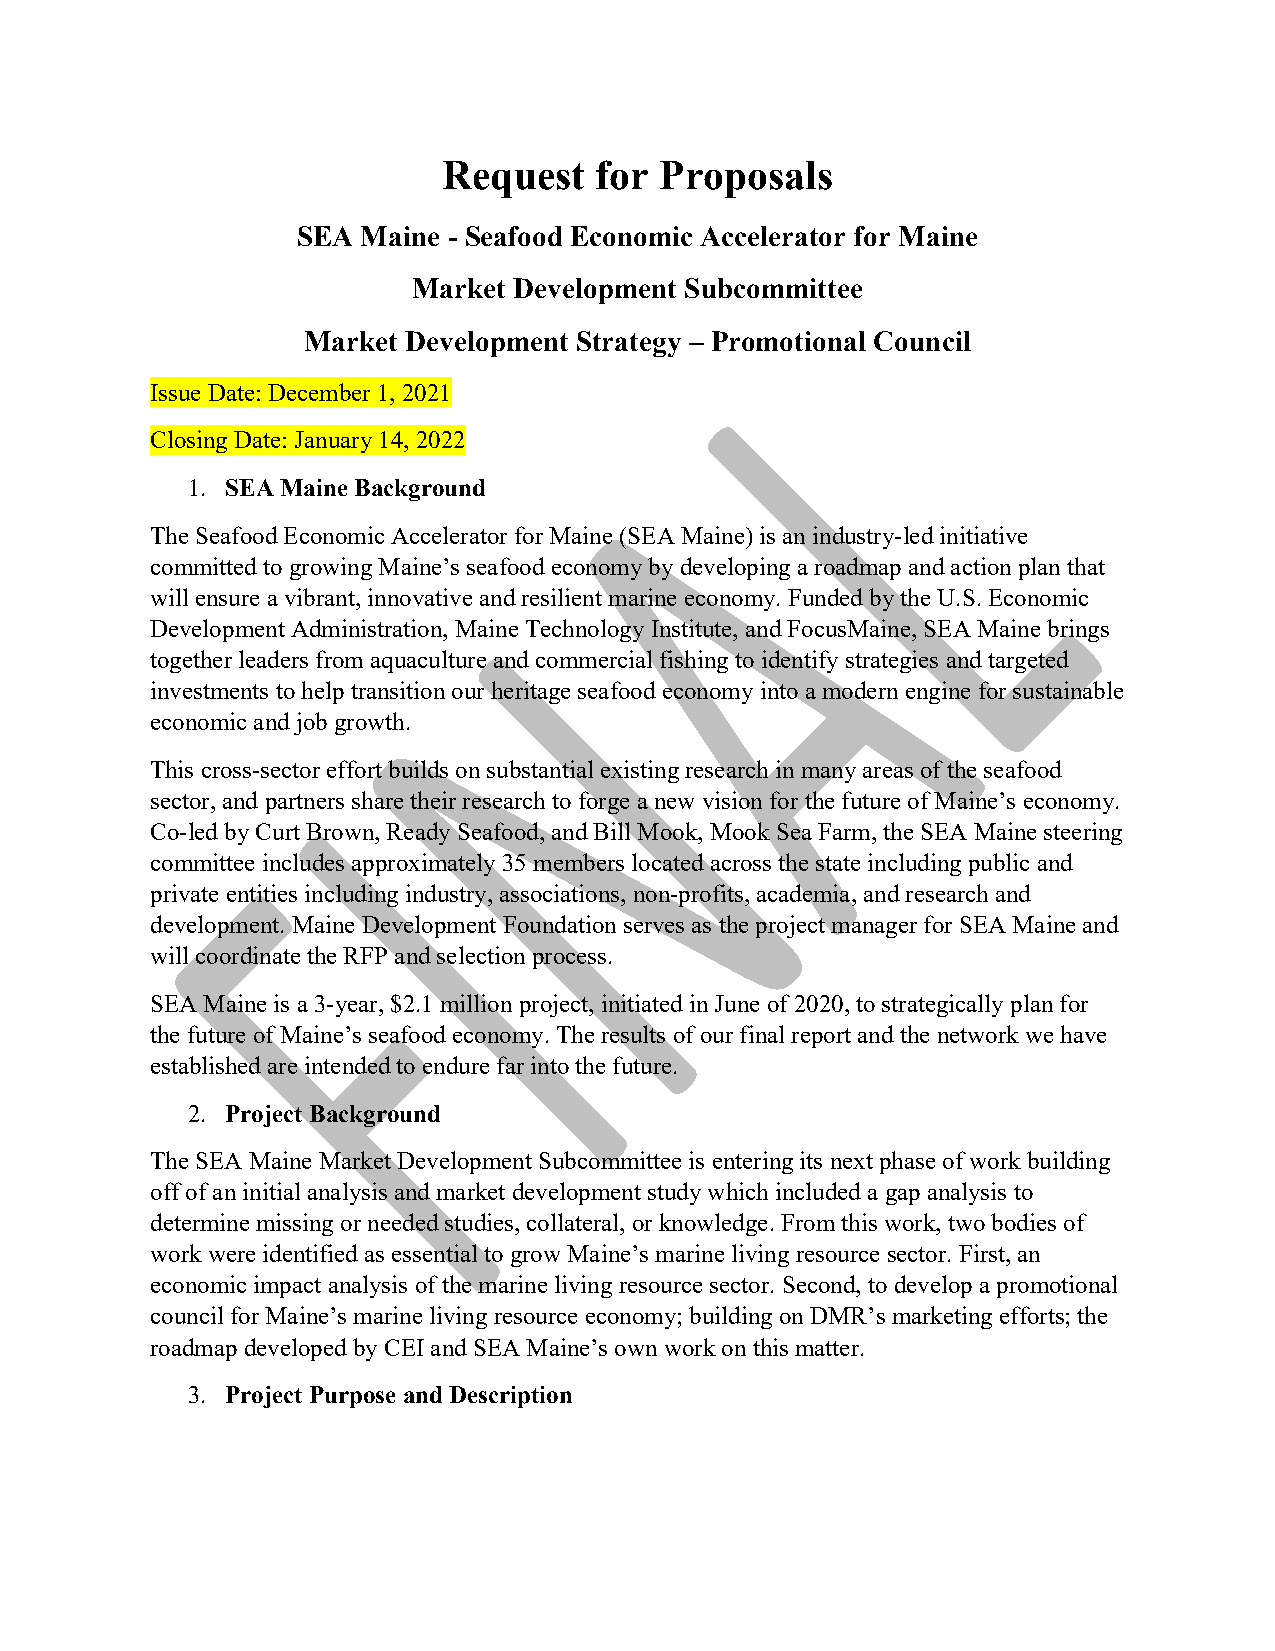
Request   for  Proposals
 SEA Maine - Seafood Economic Accelerator for Maine
 Market Development Subcommittee
 Market Development Strategy – Promotional Council
 Issue Date: December 1, 2021
 Closing Date: January 14, 2022
 1. SEA Maine Background
 The Seafood Economic Accelerator for Maine (SEA Maine) is an industry-led initiative
 committed to growing Maine’s seafood economy by developing a roadmap and action plan that
 will ensure a vibrant, innovative and resilient marine economy. Funded by the U.S. Economic
 Development Administration, Maine Technology Institute, and FocusMaine, SEA Maine brings
 together leaders from aquaculture and commercial fishing to identify strategies and targeted
 investments to help transition our heritage seafood economy into a modern engine for sustainable
 economic and job growth.
 This cross-sector effort builds on substantial existing research in many areas of the seafood
 sector, and partners share their research to forge a new vision for the future of Maine’s economy.
 Co-led by Curt Brown, Ready Seafood, and Bill Mook, Mook Sea Farm, the SEA Maine steering
 committee includes approximately 35 members located across the state including public and
 private entities including industry, associations, non-profits, academia, and research and
 development. Maine Development Foundation serves as the project manager for SEA Maine and
 will coordinate the RFP and selection process.
 SEA Maine is a 3-year, $2.1 million project, initiated in June of 2020, to strategically plan for
 the future of Maine’s seafood economy. The results of our final report and the network we have
 established are intended to endure far into the future.
 2. Project Background
 The SEA Maine Market Development Subcommittee is entering its next phase of work building
 off of an initial analysis and market development study which included a gap analysis to
 determine missing or needed studies, collateral, or knowledge. From this work, two bodies of
 work were identified as essential to grow Maine’s marine living resource sector. First, an
 economic impact analysis of the marine living resource sector. Second, to develop a promotional
 council for Maine’s marine living resource economy; building on DMR’s marketing efforts; the
 roadmap developed by CEI and SEA Maine’s own work on this matter.
 3. Project Purpose and Description